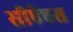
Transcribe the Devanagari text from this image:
सीऐएस